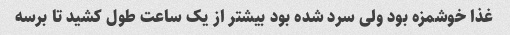
غذا خوشمزه بود ولی سرد شده بود بیشتر از یک ساعت طول کشید تا برسه